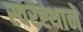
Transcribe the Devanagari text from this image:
स्वरस्थाने